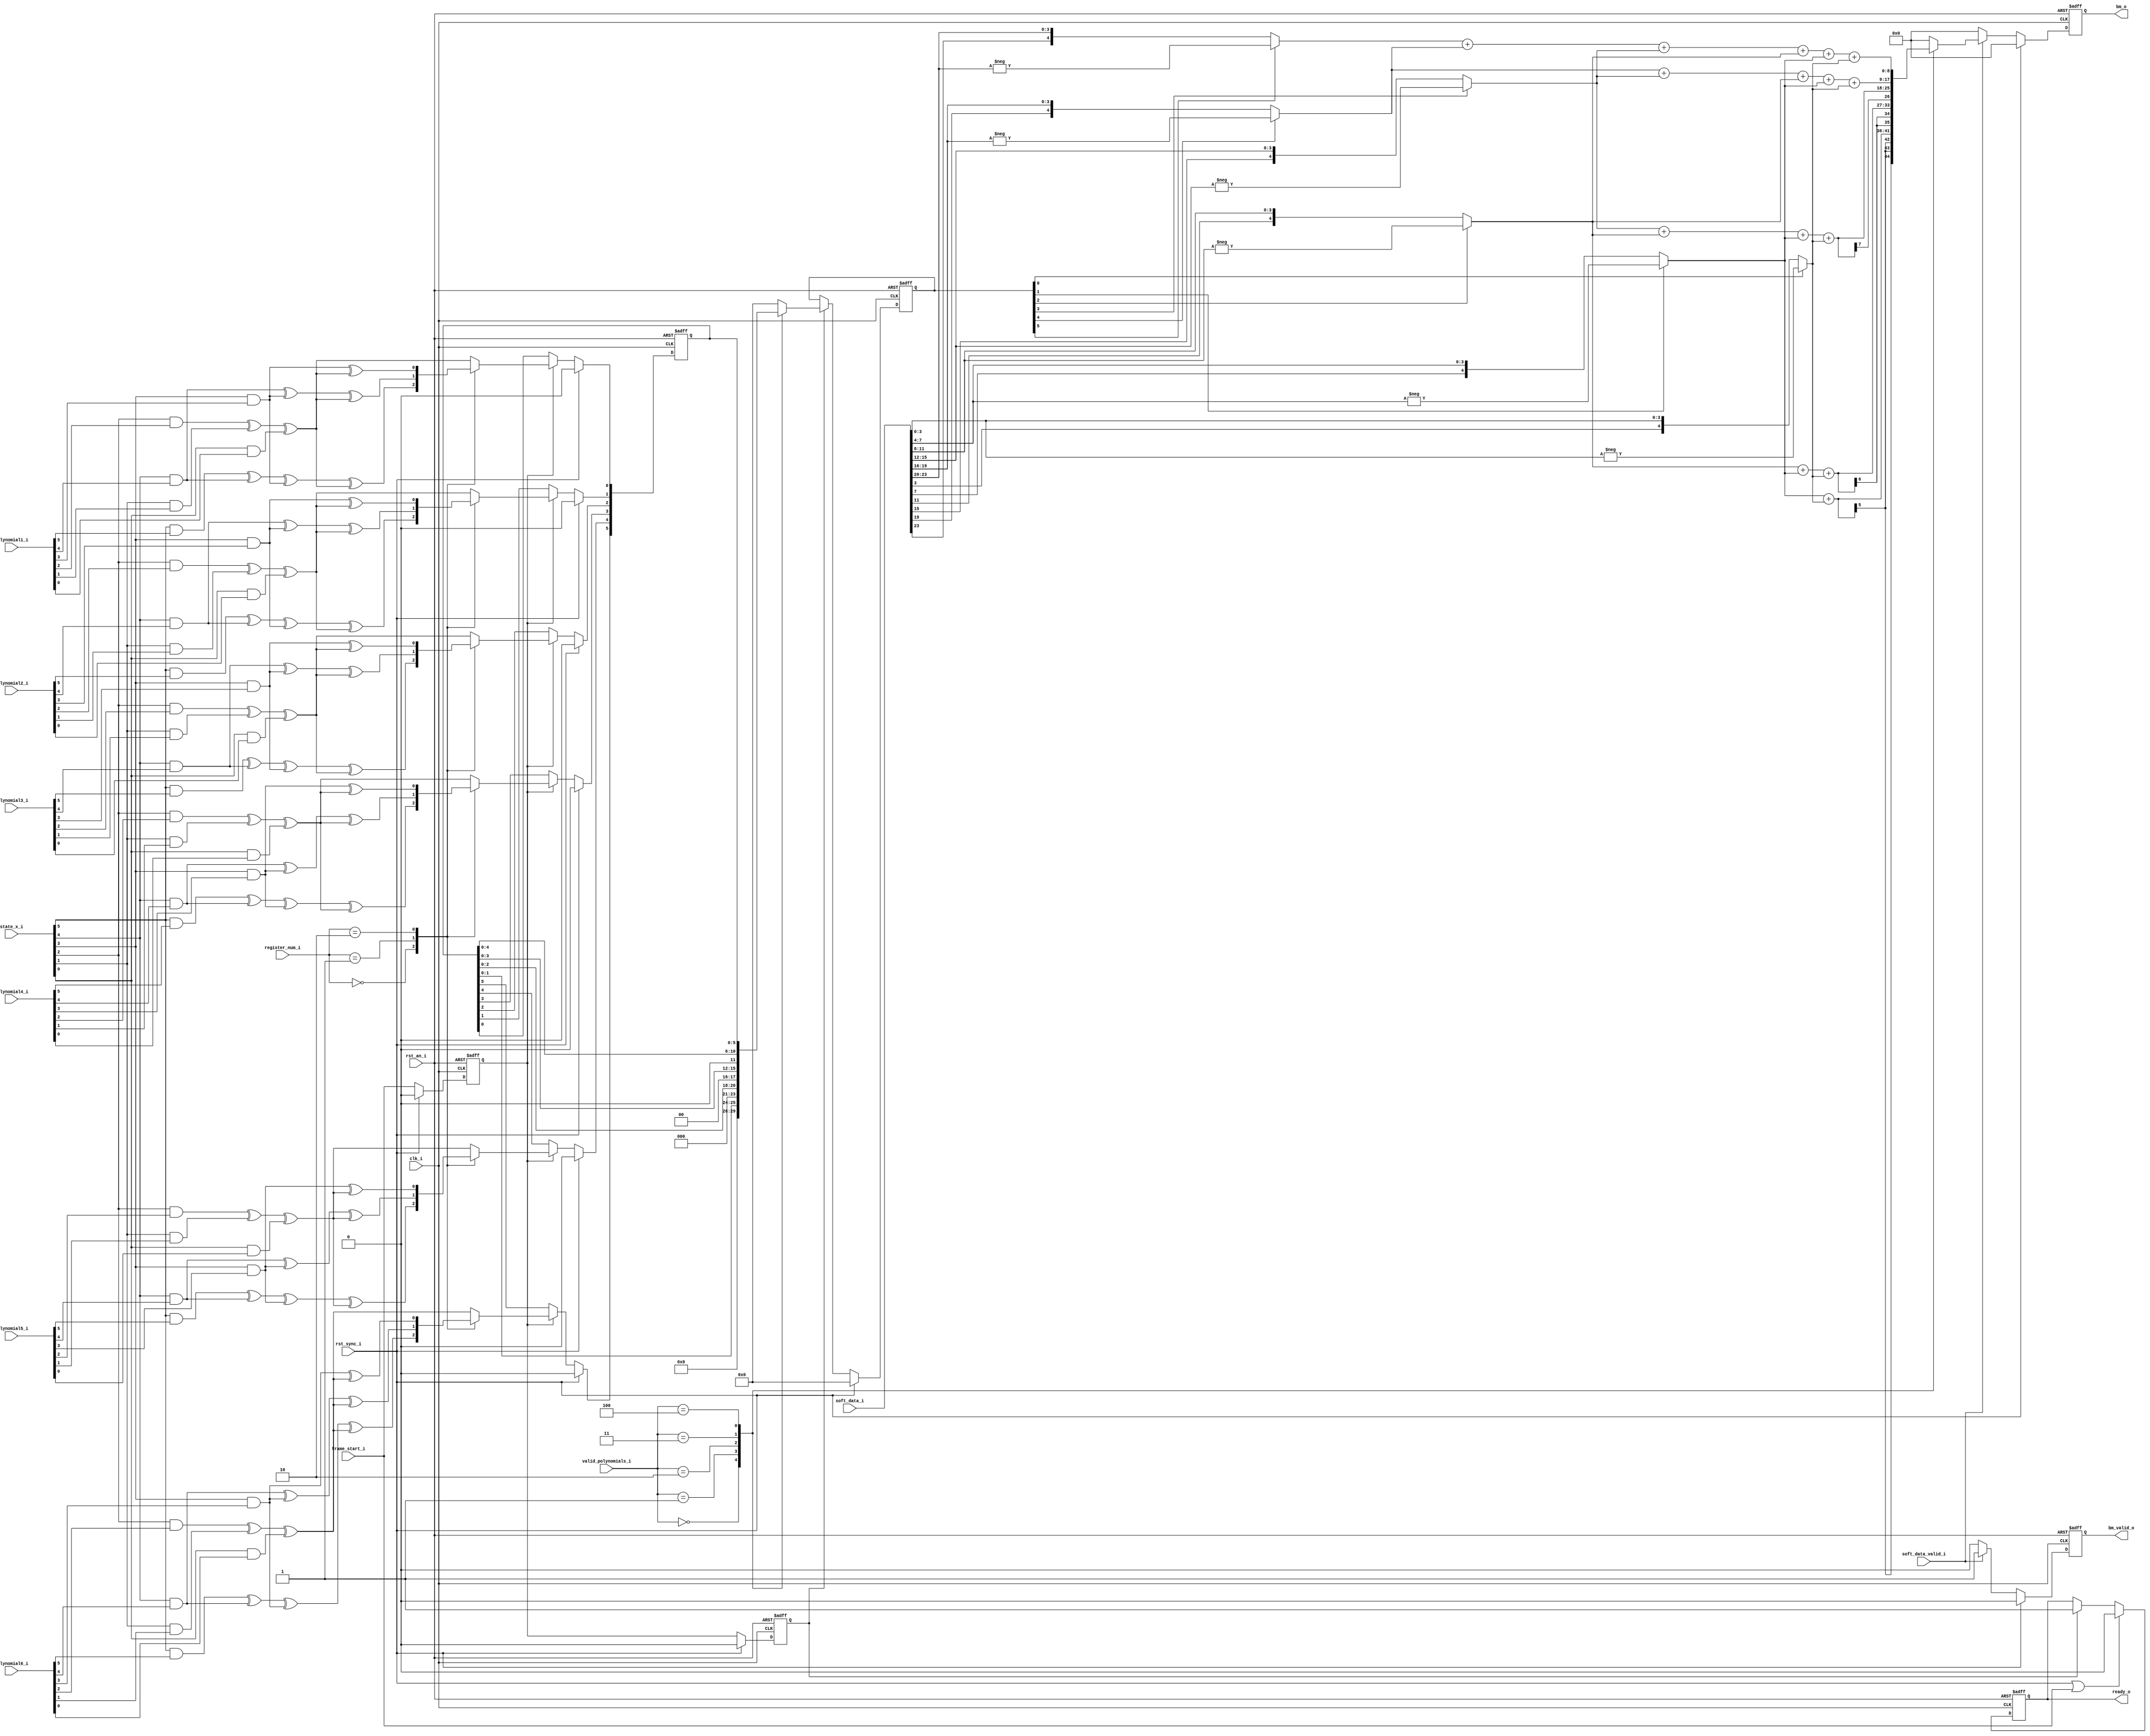
`timescale 1ns / 1ps
//////////////////////////////////////////////////////////////////////////////////
// Company: 
// Engineer: 
// 
// Design Name: 
// Module Name:    BMU 
// Project Name: 
// Target Devices: 
// Tool versions: 
// Description: BMU,Branch Metric Unit
// The trellis current state is x, the previous states are x>>1 and 2^k+x>>1,
// The BMU can genteated the Branch Metrics of low path and high path.
// Low path: x>>1 --> x
// High Path: 2^k+x --> x
// Dependencies: 
// Revision: 
// Revision 0.01 - File Created
// Additional Comments: 
//
//////////////////////////////////////////////////////////////////////////////////
module BMU  #(parameter WIDTH_BM = 9 ) (
    input clk_i,
    input rst_an_i,
    input rst_sync_i,    
    input frame_start_i,    // a pulse to start
    input [5:0] state_x_i,
    input [23:0] soft_data_i,
    input soft_data_valid_i,
    input [1:0] register_num_i,
    input [2:0] valid_polynomials_i,
    input [7:0] polynomial1_i,
    input [7:0] polynomial2_i,
    input [7:0] polynomial3_i,
    input [7:0] polynomial4_i,
    input [7:0] polynomial5_i,
    input [7:0] polynomial6_i,

    output ready_o,
    output [WIDTH_BM-1:0] bm_o,
    output  bm_valid_o
    );

reg ready_r;    
reg calc_polyn_en, calc_codeword_en;
reg [5:0] low_codeword_tmp,low_codeword;
 

wire [5:0] half_polyn_tmp;

wire signed [3:0] soft_bit0,soft_bit1,soft_bit2,soft_bit3,soft_bit4,soft_bit5; 
wire signed [4:0] x_soft_bit0,x_soft_bit1,x_soft_bit2,x_soft_bit3,x_soft_bit4,x_soft_bit5; 

reg signed [WIDTH_BM-1:0] bm_r;
reg bm_valid_r;

assign bm_o =  bm_r;
assign bm_valid_o = bm_valid_r;
assign ready_o = ready_r;
//generate initiation control signals' pulse
always@(posedge clk_i or negedge rst_an_i) begin
  if(!rst_an_i) begin 
      calc_polyn_en    <= 1'b0; 
      calc_codeword_en <= 1'b0;       
    end
  else if(rst_sync_i) begin 
      calc_polyn_en    <= 1'b0; 
      calc_codeword_en <= 1'b0;      
    end
  else begin 
      calc_polyn_en    <= frame_start_i; 
      calc_codeword_en <= calc_polyn_en;      
    end
end


always@(posedge clk_i or negedge rst_an_i) begin
  if(!rst_an_i) 
      ready_r    <= 1'b0;     
  else if(rst_sync_i|frame_start_i) 
      ready_r    <= 1'b0;       
  else if(calc_codeword_en)  
      ready_r    <= 1'b1; 
end

// gen the code word of the low path 
 assign half_polyn_tmp[0] = ( state_x_i[2] & polynomial1_i[2] ) ^ ( state_x_i[1] & polynomial1_i[1] ) ^ ( state_x_i[0] & polynomial1_i[0] ) ;
  assign half_polyn_tmp[1] = ( state_x_i[2] & polynomial2_i[2] ) ^ ( state_x_i[1] & polynomial2_i[1] ) ^ ( state_x_i[0] & polynomial2_i[0] ) ;
  assign half_polyn_tmp[2] = ( state_x_i[2] & polynomial3_i[2] ) ^ ( state_x_i[1] & polynomial3_i[1] ) ^ ( state_x_i[0] & polynomial3_i[0] ) ;
  assign half_polyn_tmp[3] = ( state_x_i[2] & polynomial4_i[2] ) ^ ( state_x_i[1] & polynomial4_i[1] ) ^ ( state_x_i[0] & polynomial4_i[0] ) ;
  assign half_polyn_tmp[4] = ( state_x_i[2] & polynomial5_i[2] ) ^ ( state_x_i[1] & polynomial5_i[1] ) ^ ( state_x_i[0] & polynomial5_i[0] ) ;
  assign half_polyn_tmp[5] = ( state_x_i[2] & polynomial6_i[2] ) ^ ( state_x_i[1] & polynomial6_i[1] ) ^ ( state_x_i[0] & polynomial6_i[0] ) ;      

always@(posedge clk_i or negedge rst_an_i) begin
  if(!rst_an_i)
    low_codeword_tmp <= 6'h0;
  else if(rst_sync_i)
    low_codeword_tmp <= 6'h0;
  else if(calc_polyn_en) begin
    case(register_num_i)
      2'b00: begin
        low_codeword_tmp[0] <= ( state_x_i[5] & polynomial1_i[5] ) ^ ( state_x_i[4] & polynomial1_i[4] ) ^ ( state_x_i[3] & polynomial1_i[3] ) ^ half_polyn_tmp[0] ;
        low_codeword_tmp[1] <= ( state_x_i[5] & polynomial2_i[5] ) ^ ( state_x_i[4] & polynomial2_i[4] ) ^ ( state_x_i[3] & polynomial2_i[3] ) ^ half_polyn_tmp[1] ;
        low_codeword_tmp[2] <= ( state_x_i[5] & polynomial3_i[5] ) ^ ( state_x_i[4] & polynomial3_i[4] ) ^ ( state_x_i[3] & polynomial3_i[3] ) ^ half_polyn_tmp[2] ;
        low_codeword_tmp[3] <= ( state_x_i[5] & polynomial4_i[5] ) ^ ( state_x_i[4] & polynomial4_i[4] ) ^ ( state_x_i[3] & polynomial4_i[3] ) ^ half_polyn_tmp[3] ;
        low_codeword_tmp[4] <= ( state_x_i[5] & polynomial5_i[5] ) ^ ( state_x_i[4] & polynomial5_i[4] ) ^ ( state_x_i[3] & polynomial5_i[3] ) ^ half_polyn_tmp[4] ;
        low_codeword_tmp[5] <= ( state_x_i[5] & polynomial6_i[5] ) ^ ( state_x_i[4] & polynomial6_i[4] ) ^ ( state_x_i[3] & polynomial6_i[3] ) ^ half_polyn_tmp[5] ;        
      end
      2'b01: begin
        low_codeword_tmp[0] <= ( state_x_i[4] & polynomial1_i[4] ) ^ ( state_x_i[3] & polynomial1_i[3] ) ^ half_polyn_tmp[0] ;
        low_codeword_tmp[1] <= ( state_x_i[4] & polynomial2_i[4] ) ^ ( state_x_i[3] & polynomial2_i[3] ) ^ half_polyn_tmp[1] ;
        low_codeword_tmp[2] <= ( state_x_i[4] & polynomial3_i[4] ) ^ ( state_x_i[3] & polynomial3_i[3] ) ^ half_polyn_tmp[2] ;
        low_codeword_tmp[3] <= ( state_x_i[4] & polynomial4_i[4] ) ^ ( state_x_i[3] & polynomial4_i[3] ) ^ half_polyn_tmp[3] ;
        low_codeword_tmp[4] <= ( state_x_i[4] & polynomial5_i[4] ) ^ ( state_x_i[3] & polynomial5_i[3] ) ^ half_polyn_tmp[4] ;
        low_codeword_tmp[5] <= ( state_x_i[4] & polynomial6_i[4] ) ^ ( state_x_i[3] & polynomial6_i[3] ) ^ half_polyn_tmp[5] ;      
      end
      2'b10:  begin
        low_codeword_tmp[0] <= ( state_x_i[3] & polynomial1_i[3] ) ^ half_polyn_tmp[0] ;
        low_codeword_tmp[1] <= ( state_x_i[3] & polynomial2_i[3] ) ^ half_polyn_tmp[1] ;
        low_codeword_tmp[2] <= ( state_x_i[3] & polynomial3_i[3] ) ^ half_polyn_tmp[2] ;
        low_codeword_tmp[3] <= ( state_x_i[3] & polynomial4_i[3] ) ^ half_polyn_tmp[3] ;
        low_codeword_tmp[4] <= ( state_x_i[3] & polynomial5_i[3] ) ^ half_polyn_tmp[4] ;
        low_codeword_tmp[5] <= ( state_x_i[3] & polynomial6_i[3] ) ^ half_polyn_tmp[5] ;        
      end
      default:  begin
        low_codeword_tmp[0] <=  half_polyn_tmp[0];
        low_codeword_tmp[1] <=  half_polyn_tmp[1];
        low_codeword_tmp[2] <=  half_polyn_tmp[2];
        low_codeword_tmp[3] <=  half_polyn_tmp[3];
        low_codeword_tmp[4] <=  half_polyn_tmp[4];
        low_codeword_tmp[5] <=  half_polyn_tmp[5];
      end                   
    endcase
  end
 end        
/*
  assign half_polyn_tmp[0] = ( state_x_i[2] & polynomial1_i[4] ) ^ ( state_x_i[1] & polynomial1_i[5] ) ^ ( state_x_i[0] & polynomial1_i[6] ) ;
  assign half_polyn_tmp[1] = ( state_x_i[2] & polynomial2_i[4] ) ^ ( state_x_i[1] & polynomial2_i[5] ) ^ ( state_x_i[0] & polynomial2_i[6] ) ;
  assign half_polyn_tmp[2] = ( state_x_i[2] & polynomial3_i[4] ) ^ ( state_x_i[1] & polynomial3_i[5] ) ^ ( state_x_i[0] & polynomial3_i[6] ) ;
  assign half_polyn_tmp[3] = ( state_x_i[2] & polynomial4_i[4] ) ^ ( state_x_i[1] & polynomial4_i[5] ) ^ ( state_x_i[0] & polynomial4_i[6] ) ;
  assign half_polyn_tmp[4] = ( state_x_i[2] & polynomial5_i[4] ) ^ ( state_x_i[1] & polynomial5_i[5] ) ^ ( state_x_i[0] & polynomial5_i[6] ) ;
  assign half_polyn_tmp[5] = ( state_x_i[2] & polynomial6_i[4] ) ^ ( state_x_i[1] & polynomial6_i[5] ) ^ ( state_x_i[0] & polynomial6_i[6] ) ;      

always@(posedge clk_i or negedge rst_an_i) begin
  if(!rst_an_i)
    low_codeword_tmp <= 6'h0;
  else if(rst_sync_i)
    low_codeword_tmp <= 6'h0;
  else if(calc_polyn_en) begin
    case(register_num_i)
      2'b00: begin
        low_codeword_tmp[0] <= ( state_x_i[5] & polynomial1_i[1] ) ^ ( state_x_i[4] & polynomial1_i[2] ) ^ ( state_x_i[3] & polynomial1_i[3] ) ^ half_polyn_tmp[0] ;
        low_codeword_tmp[1] <= ( state_x_i[5] & polynomial2_i[1] ) ^ ( state_x_i[4] & polynomial2_i[2] ) ^ ( state_x_i[3] & polynomial2_i[3] ) ^ half_polyn_tmp[1] ;
        low_codeword_tmp[2] <= ( state_x_i[5] & polynomial3_i[1] ) ^ ( state_x_i[4] & polynomial3_i[2] ) ^ ( state_x_i[3] & polynomial3_i[3] ) ^ half_polyn_tmp[2] ;
        low_codeword_tmp[3] <= ( state_x_i[5] & polynomial4_i[1] ) ^ ( state_x_i[4] & polynomial4_i[2] ) ^ ( state_x_i[3] & polynomial4_i[3] ) ^ half_polyn_tmp[3] ;
        low_codeword_tmp[4] <= ( state_x_i[5] & polynomial5_i[1] ) ^ ( state_x_i[4] & polynomial5_i[2] ) ^ ( state_x_i[3] & polynomial5_i[3] ) ^ half_polyn_tmp[4] ;
        low_codeword_tmp[5] <= ( state_x_i[5] & polynomial6_i[1] ) ^ ( state_x_i[4] & polynomial6_i[2] ) ^ ( state_x_i[3] & polynomial6_i[3] ) ^ half_polyn_tmp[5] ;        
      end
      2'b01: begin
        low_codeword_tmp[0] <= ( state_x_i[4] & polynomial1_i[1] ) ^ ( state_x_i[3] & polynomial1_i[2] ) ^ ( state_x_i[2] & polynomial1_i[3] ) ^ ( state_x_i[1] & polynomial1_i[4] ) ^ ( state_x_i[0] & polynomial1_i[5] ) ;
        low_codeword_tmp[1] <= ( state_x_i[4] & polynomial2_i[1] ) ^ ( state_x_i[3] & polynomial2_i[2] ) ^ ( state_x_i[2] & polynomial2_i[3] ) ^ ( state_x_i[1] & polynomial2_i[4] ) ^ ( state_x_i[0] & polynomial2_i[5] ) ;
        low_codeword_tmp[2] <= ( state_x_i[4] & polynomial3_i[1] ) ^ ( state_x_i[3] & polynomial3_i[2] ) ^ ( state_x_i[2] & polynomial3_i[3] ) ^ ( state_x_i[1] & polynomial3_i[4] ) ^ ( state_x_i[0] & polynomial3_i[5] ) ;
        low_codeword_tmp[3] <= ( state_x_i[4] & polynomial4_i[1] ) ^ ( state_x_i[3] & polynomial4_i[2] ) ^ ( state_x_i[2] & polynomial4_i[3] ) ^ ( state_x_i[1] & polynomial4_i[4] ) ^ ( state_x_i[0] & polynomial4_i[5] ) ;
        low_codeword_tmp[4] <= ( state_x_i[4] & polynomial5_i[1] ) ^ ( state_x_i[3] & polynomial5_i[2] ) ^ ( state_x_i[2] & polynomial5_i[3] ) ^ ( state_x_i[1] & polynomial5_i[4] ) ^ ( state_x_i[0] & polynomial5_i[5] ) ;
        low_codeword_tmp[5] <= ( state_x_i[4] & polynomial6_i[1] ) ^ ( state_x_i[3] & polynomial6_i[2] ) ^ ( state_x_i[2] & polynomial6_i[3] ) ^ ( state_x_i[1] & polynomial6_i[4] ) ^ ( state_x_i[0] & polynomial6_i[5] ) ;              
      end
      2'b10:  begin
        low_codeword_tmp[0] <= ( state_x_i[3] & polynomial1_i[1] ) ^ ( state_x_i[2] & polynomial1_i[2] ) ^ ( state_x_i[1] & polynomial1_i[3] ) ^ ( state_x_i[0] & polynomial1_i[4] );
        low_codeword_tmp[1] <= ( state_x_i[3] & polynomial2_i[1] ) ^ ( state_x_i[2] & polynomial2_i[2] ) ^ ( state_x_i[1] & polynomial2_i[3] ) ^ ( state_x_i[0] & polynomial2_i[4] );
        low_codeword_tmp[2] <= ( state_x_i[3] & polynomial3_i[1] ) ^ ( state_x_i[2] & polynomial3_i[2] ) ^ ( state_x_i[1] & polynomial3_i[3] ) ^ ( state_x_i[0] & polynomial3_i[4] );
        low_codeword_tmp[3] <= ( state_x_i[3] & polynomial4_i[1] ) ^ ( state_x_i[2] & polynomial4_i[2] ) ^ ( state_x_i[1] & polynomial4_i[3] ) ^ ( state_x_i[0] & polynomial4_i[4] );
        low_codeword_tmp[4] <= ( state_x_i[3] & polynomial5_i[1] ) ^ ( state_x_i[2] & polynomial5_i[2] ) ^ ( state_x_i[1] & polynomial5_i[3] ) ^ ( state_x_i[0] & polynomial5_i[4] );
        low_codeword_tmp[5] <= ( state_x_i[3] & polynomial6_i[1] ) ^ ( state_x_i[2] & polynomial6_i[2] ) ^ ( state_x_i[1] & polynomial6_i[3] ) ^ ( state_x_i[0] & polynomial6_i[4] );        
      end
      default:  begin
        low_codeword_tmp[0] <=  ( state_x_i[2] & polynomial1_i[1] ) ^ ( state_x_i[1] & polynomial1_i[2] ) ^ ( state_x_i[0] & polynomial1_i[3] )  ;
        low_codeword_tmp[1] <=  ( state_x_i[2] & polynomial2_i[1] ) ^ ( state_x_i[1] & polynomial2_i[2] ) ^ ( state_x_i[0] & polynomial2_i[3] )  ;
        low_codeword_tmp[2] <=  ( state_x_i[2] & polynomial3_i[1] ) ^ ( state_x_i[1] & polynomial3_i[2] ) ^ ( state_x_i[0] & polynomial3_i[3] )  ;
        low_codeword_tmp[3] <=  ( state_x_i[2] & polynomial4_i[1] ) ^ ( state_x_i[1] & polynomial4_i[2] ) ^ ( state_x_i[0] & polynomial4_i[3] )  ;
        low_codeword_tmp[4] <=  ( state_x_i[2] & polynomial5_i[1] ) ^ ( state_x_i[1] & polynomial5_i[2] ) ^ ( state_x_i[0] & polynomial5_i[3] )  ;
        low_codeword_tmp[5] <=  ( state_x_i[2] & polynomial6_i[1] ) ^ ( state_x_i[1] & polynomial6_i[2] ) ^ ( state_x_i[0] & polynomial6_i[3] )  ;
      end                   
    endcase
  end
 end    

*/

 
// gen the code word of the low path 
always@(posedge clk_i or negedge rst_an_i) begin
  if(!rst_an_i) 
    low_codeword <= 6'h0;
  else if( rst_sync_i )
    low_codeword <= 6'h0;
  else if( calc_codeword_en ) begin
    case( valid_polynomials_i)
      3'b000 : low_codeword <= {4'b0, low_codeword_tmp[1:0]}; 
      3'b001 : low_codeword <= {3'b0, low_codeword_tmp[2:0]};  
      3'b010 : low_codeword <= {2'b0, low_codeword_tmp[3:0]};
      3'b011 : low_codeword <= {1'b0, low_codeword_tmp[4:0]}; 
      3'b100:  low_codeword <= low_codeword_tmp;
	  default:  low_codeword <= 6'b000000;           
    endcase
  end   
end

// gen the branch metric of the low path
assign soft_bit0 =  $signed (soft_data_i[3:0]);
assign soft_bit1 =  $signed (soft_data_i[7:4]);
assign soft_bit2 =  $signed (soft_data_i[11:8]);
assign soft_bit3 =  $signed (soft_data_i[15:12]);
assign soft_bit4 =  $signed (soft_data_i[19:16]);
assign soft_bit5 =  $signed (soft_data_i[23:20]);




assign x_soft_bit0 =  low_codeword[0]? -soft_bit0 : soft_bit0;
assign x_soft_bit1 =  low_codeword[1]? -soft_bit1 : soft_bit1;
assign x_soft_bit2 =  low_codeword[2]? -soft_bit2 : soft_bit2;
assign x_soft_bit3 =  low_codeword[3]? -soft_bit3 : soft_bit3;
assign x_soft_bit4 =  low_codeword[4]? -soft_bit4 : soft_bit4;
assign x_soft_bit5 =  low_codeword[5]? -soft_bit5 : soft_bit5;

always@(posedge clk_i or negedge rst_an_i) begin
  if(!rst_an_i) begin
    bm_valid_r <= 1'b0;
    bm_r <= 0;
    end
  else if( rst_sync_i ) begin
    bm_valid_r <= 1'b0;
    bm_r <= 0;
    end
  else if( soft_data_valid_i ) begin
    bm_valid_r <= 1'b1;
    case( valid_polynomials_i)
      3'b000 : bm_r <=  x_soft_bit1 + x_soft_bit0; 
      3'b001 : bm_r <=  x_soft_bit2 + x_soft_bit1 + x_soft_bit0;
      3'b010 : bm_r <=  x_soft_bit3 + x_soft_bit2 + x_soft_bit1 + x_soft_bit0;
      3'b011 : bm_r <=  x_soft_bit4 + x_soft_bit3 + x_soft_bit2 + x_soft_bit1 + x_soft_bit0; 
      3'b100 : bm_r <=  x_soft_bit5 + x_soft_bit4 + x_soft_bit3 + x_soft_bit2 + x_soft_bit1 + x_soft_bit0;
	  default: bm_r <= 0;
    endcase    
  end 
  else begin
    bm_valid_r <= 1'b0;
    bm_r <= 0;
  end
end
endmodule